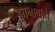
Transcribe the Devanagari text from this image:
ह्यानावाने